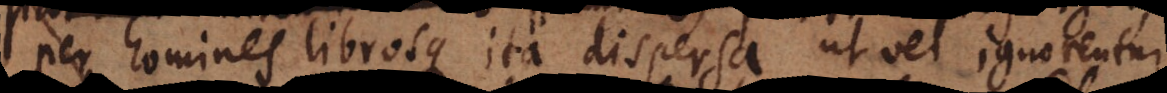
per homines librosque ita dispersa, ut vel ignorentur,